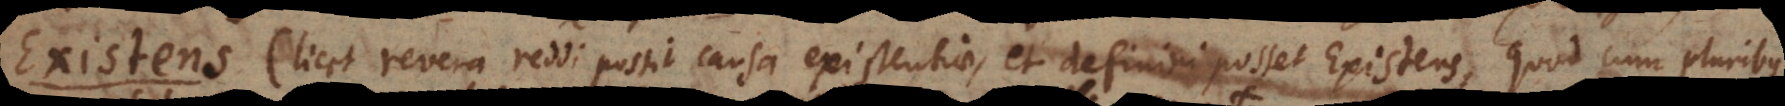
Existens (licet revera reddi possit causa existentiae, et definiri posset Existens, quod cum pluribus